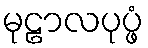
မုဠာလပုပ္ဖံ